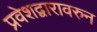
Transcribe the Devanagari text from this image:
प्रवेशद्वारावरुन